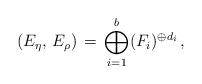
LaTeX: \begin{align*}(E_\eta,\, E_\rho)\,=\, \bigoplus_{i=1}^b (F_i)^{\oplus d_i}\, ,\end{align*}